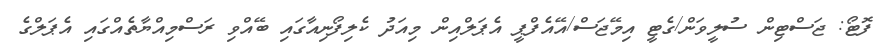
ފޮޓޯ: ޖަސްޓިން ސުލީވަން/ގެޓީ އިމޭޖަސް/އޭއެފްޕީ އެޕަލްއިން މިއަދު ކެލިފޯނިއާގައި ބޭއްވި ރަސްމިއްޔާތެއްގައި އެޕަލްގެ